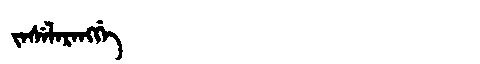
Manchu: ᠵᠠᠰᡝᠯᠠᡵᠠᠩᡤᡝ
Romanization: JASELARANGGE